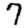
Digit: 7